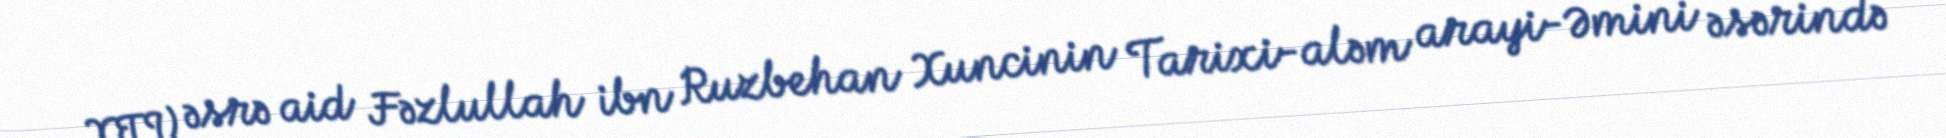
XIV əsrə aid Fəzlullah ibn Ruzbehan Xuncinin Tarixi-aləm arayi-Əmini əsərində